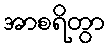
အာစရိတွာ